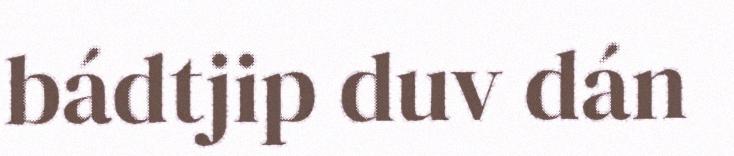
bádtjip duv dán